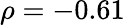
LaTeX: \rho=-0.61